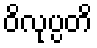
ဝိလုပ္ပတိ